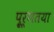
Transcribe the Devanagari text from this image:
पू्र्णतया